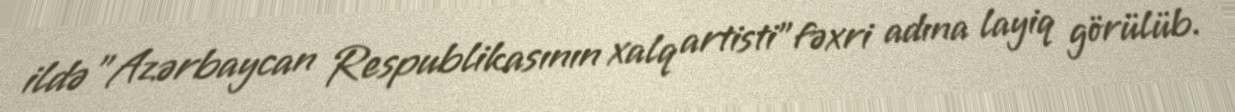
ildə "Azərbaycan Respublikasının xalq artisti"fəxri adına layiq görülüb.